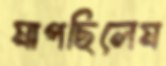
মাপছিলেম